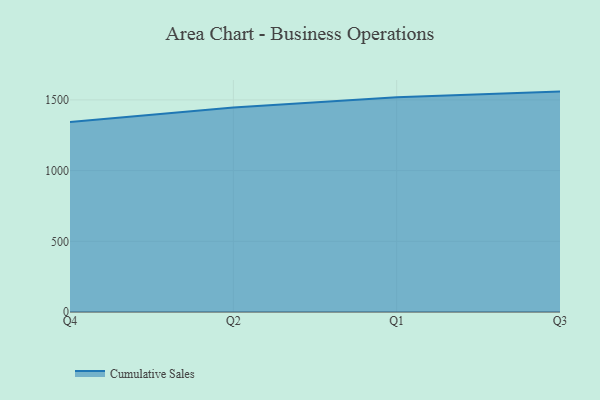
{"axis": {"x": "Quarter", "y": "Active Users"}, "legend": ["Cumulative Sales"], "data": [{"x": "Q4", "y": 1343.2, "type": "Cumulative Sales"}, {"x": "Q2", "y": 1447.1, "type": "Cumulative Sales"}, {"x": "Q1", "y": 1519.4, "type": "Cumulative Sales"}, {"x": "Q3", "y": 1558.8, "type": "Cumulative Sales"}]}